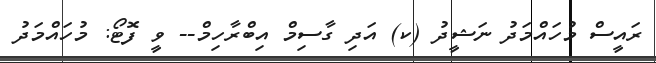
ރައީސް މުހައްމަދު ނަޝީދު (ކ) އަދި ގާސިމް އިބްރާހިމް-- ވީ ފޮޓޯ: މުހައްމަދު